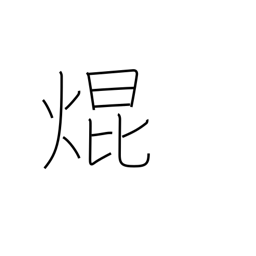
Meaning: shine